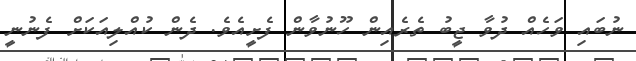
ނުބައި ވަހެއް ދުވާ ޖީބު ތެރެއިން ހޫނުވާން ފެށީއެވެ. ދެން ކުއްލިއަކަށް ފެނުނީ